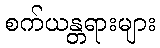
စက်ယန္တရားများ